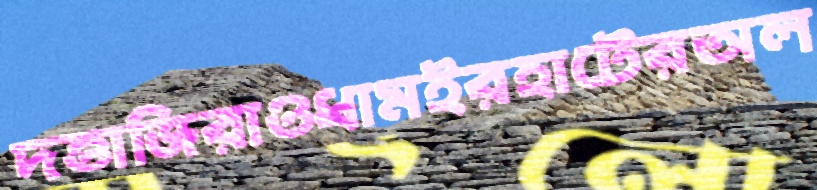
দত্তাজিরাওধামইরহাটেরঅল